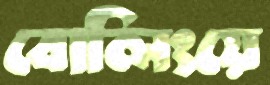
বোলিংয়ে